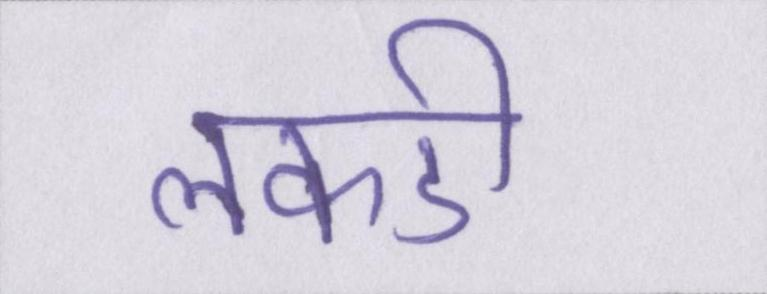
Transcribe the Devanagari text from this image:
लकडी